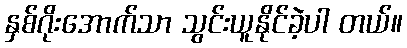
နှစ်ဂိုးအောက်သာ သွင်းယူနိုင်ခဲ့ပါ တယ်။